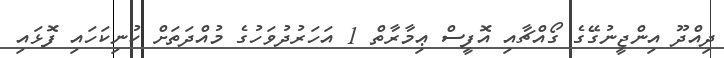
ދިއްދޫ އިންޖީނުގޭގެ ގޯއްޗާއި އޮފީސް ޢިމާރާތް 1 އަހަރުދުވަހުގެ މުއްދަތަށް ކުނިކަހައި ފޮޅައި